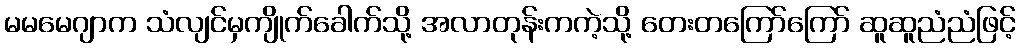
မမမေဂျာက သံလျင်မှကျိုက်ခေါက်သို့ အလာတုန်းကကဲ့သို့ တေးတကြော်ကြော် ဆူဆူညံညံဖြင့်